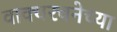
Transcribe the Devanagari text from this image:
वाक्यरचनेच्या